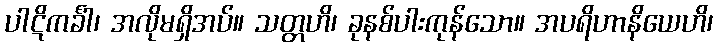
ပါဋိကင်္ခါ၊ အလိုမရှိအပ်။ သတ္တဟိ၊ ခုနစ်ပါးကုန်သော။ အပရိဟာနိယေဟိ၊